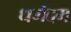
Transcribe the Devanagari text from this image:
धर्मदम